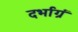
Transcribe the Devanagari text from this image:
दर्भाग्रं